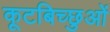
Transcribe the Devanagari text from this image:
कूटबिच्छुओं